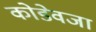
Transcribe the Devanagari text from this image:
कोडेवजा